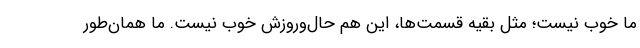
ما خوب نیست؛ مثل بقیه قسمت‌ها، این هم حال‌و‌روزش خوب نیست. ما همان‌طور